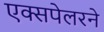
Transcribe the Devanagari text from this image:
एक्सपेलरने